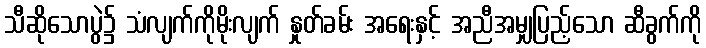
သီဆိုသောပွဲ၌ သံလျက်ကိုမိုးလျက် နှုတ်ခမ်း အရေးနှင့် အညီအမျှပြည့်သော ဆီခွက်ကို